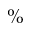
\%